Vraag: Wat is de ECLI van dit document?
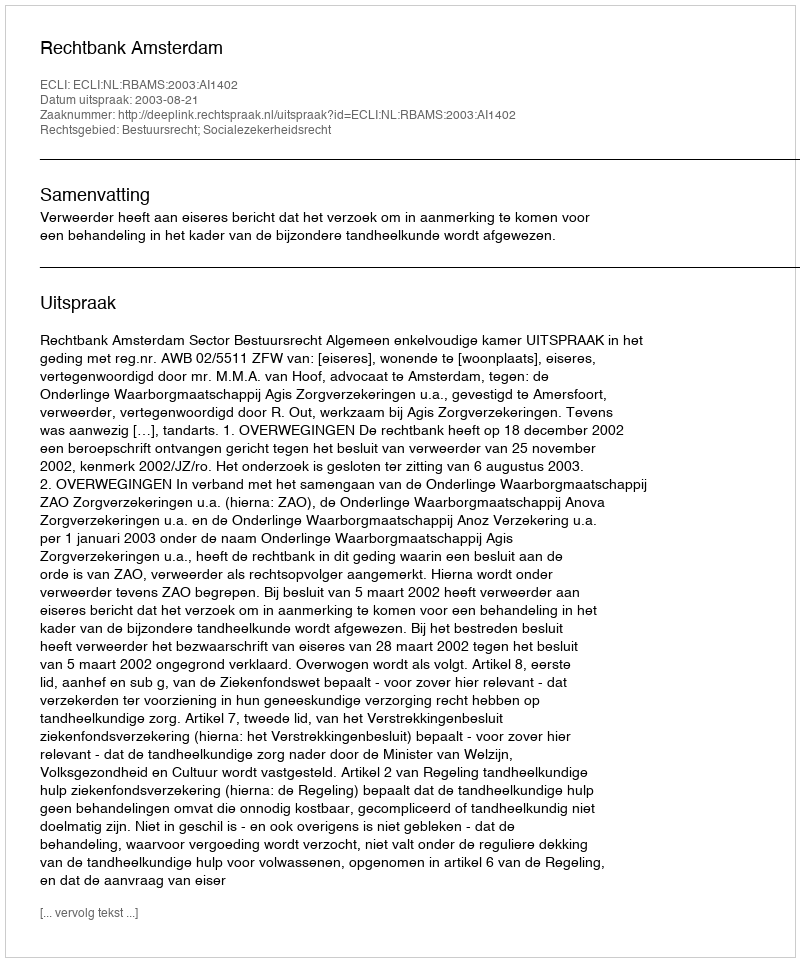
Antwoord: ECLI:NL:RBAMS:2003:AI1402